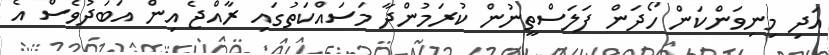
އަދި މިނިވަންކަން ހޯދަން ފަލަސްތީނުން ކުރަމުންދާ މަސައްކަތުގައި ރާއްޖެ އިން އަބަދުވެސް އެ